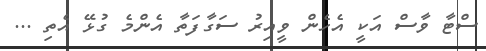
ސްޓާ ވާސް އަކީ އެހެން ވީއިރު ސަގާފަތާ އެންމެ ގުޅޭ އެތި ...